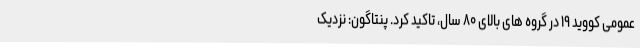
عمومی کووید ۱۹ در گروه های بالای ۸۰ سال، تاکید کرد. پنتاگون: نزدیک